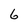
Character: 6